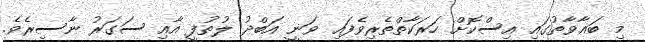
މި ބަޣާވާތުގައި އިސްކޮށް ހަރަކާތްތެރިވެފައި ވަނީ އަބްދު ލުތުފީ އާއި ސަގަރު ނާސިރެވެ.